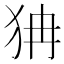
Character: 𤝫